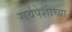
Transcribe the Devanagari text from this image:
सर्वपेशींच्या